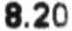
8.20